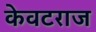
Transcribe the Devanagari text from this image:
केवटराज